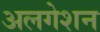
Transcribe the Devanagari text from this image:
अलगेशन